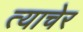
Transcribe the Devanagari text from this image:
त्याचेर